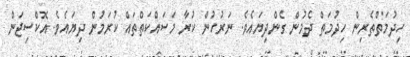
ހިދުމަތްތެރިން ހިދުމަތް ދެމުން ގެންދިިޔައެވެ. ނަރުހުން ކުރާ މަސައްކަތްތައް ކުރަމުން ދިޔައެވެ. އޮކްސިޖަން